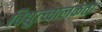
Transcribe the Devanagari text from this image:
विद्युत्च्चालकता